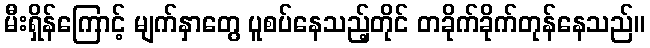
မီးရှိန်ကြောင့် မျက်နှာတွေ ပူစပ်နေသည့်တိုင် တခိုက်ခိုက်တုန်နေသည်။